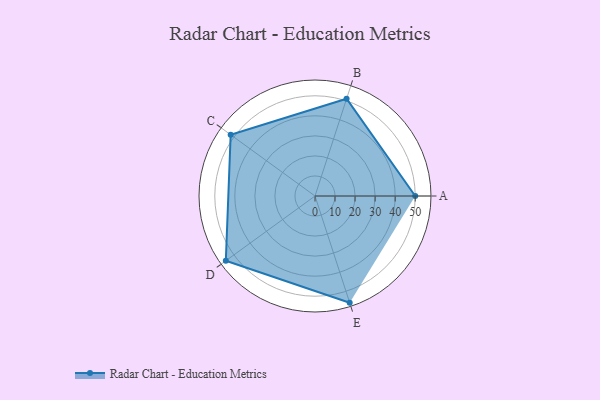
{"axis": {"x": "Skill", "y": "Score"}, "legend": ["Profile"], "data": [{"x": "A", "y": 50.0, "type": "Profile"}, {"x": "B", "y": 51.0, "type": "Profile"}, {"x": "C", "y": 52.0, "type": "Profile"}, {"x": "D", "y": 55.0, "type": "Profile"}, {"x": "E", "y": 56.0, "type": "Profile"}]}